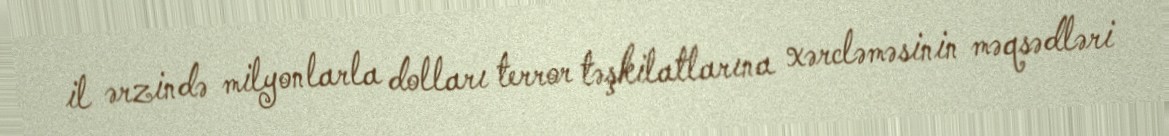
il ərzində milyonlarla dolları terror təşkilatlarına xərcləməsinin məqsədləri